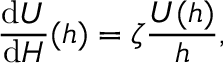
{ \frac { \mathrm { d } U } { \mathrm { d } H } } ( h ) = \zeta { \frac { U ( h ) } { h } } ,